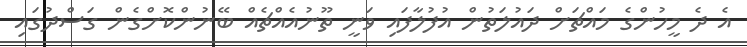
އެ ދެ މީހުންގެ މައްޗަށް ދައުލަތުން އުފުލާފައި ވަނީ ތޫނުއެއްޗެއް ބޭނުންކޮށްގެން ގަސްދުގައި